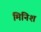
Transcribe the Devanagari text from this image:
मिनिश